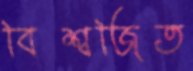
বিশ্বজিত